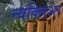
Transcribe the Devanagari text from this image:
न्यक्लिअर